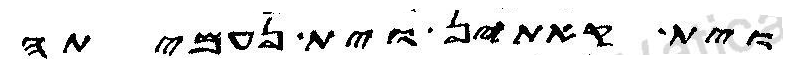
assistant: וית קאתין וית נעמיתה